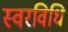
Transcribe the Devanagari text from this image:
स्वरविधि